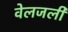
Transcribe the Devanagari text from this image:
वेलजली